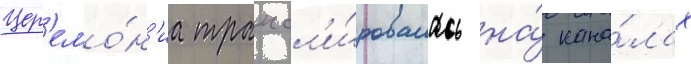
Цер'емо́н'иа трансл'и́ровалась на́ кана́лах